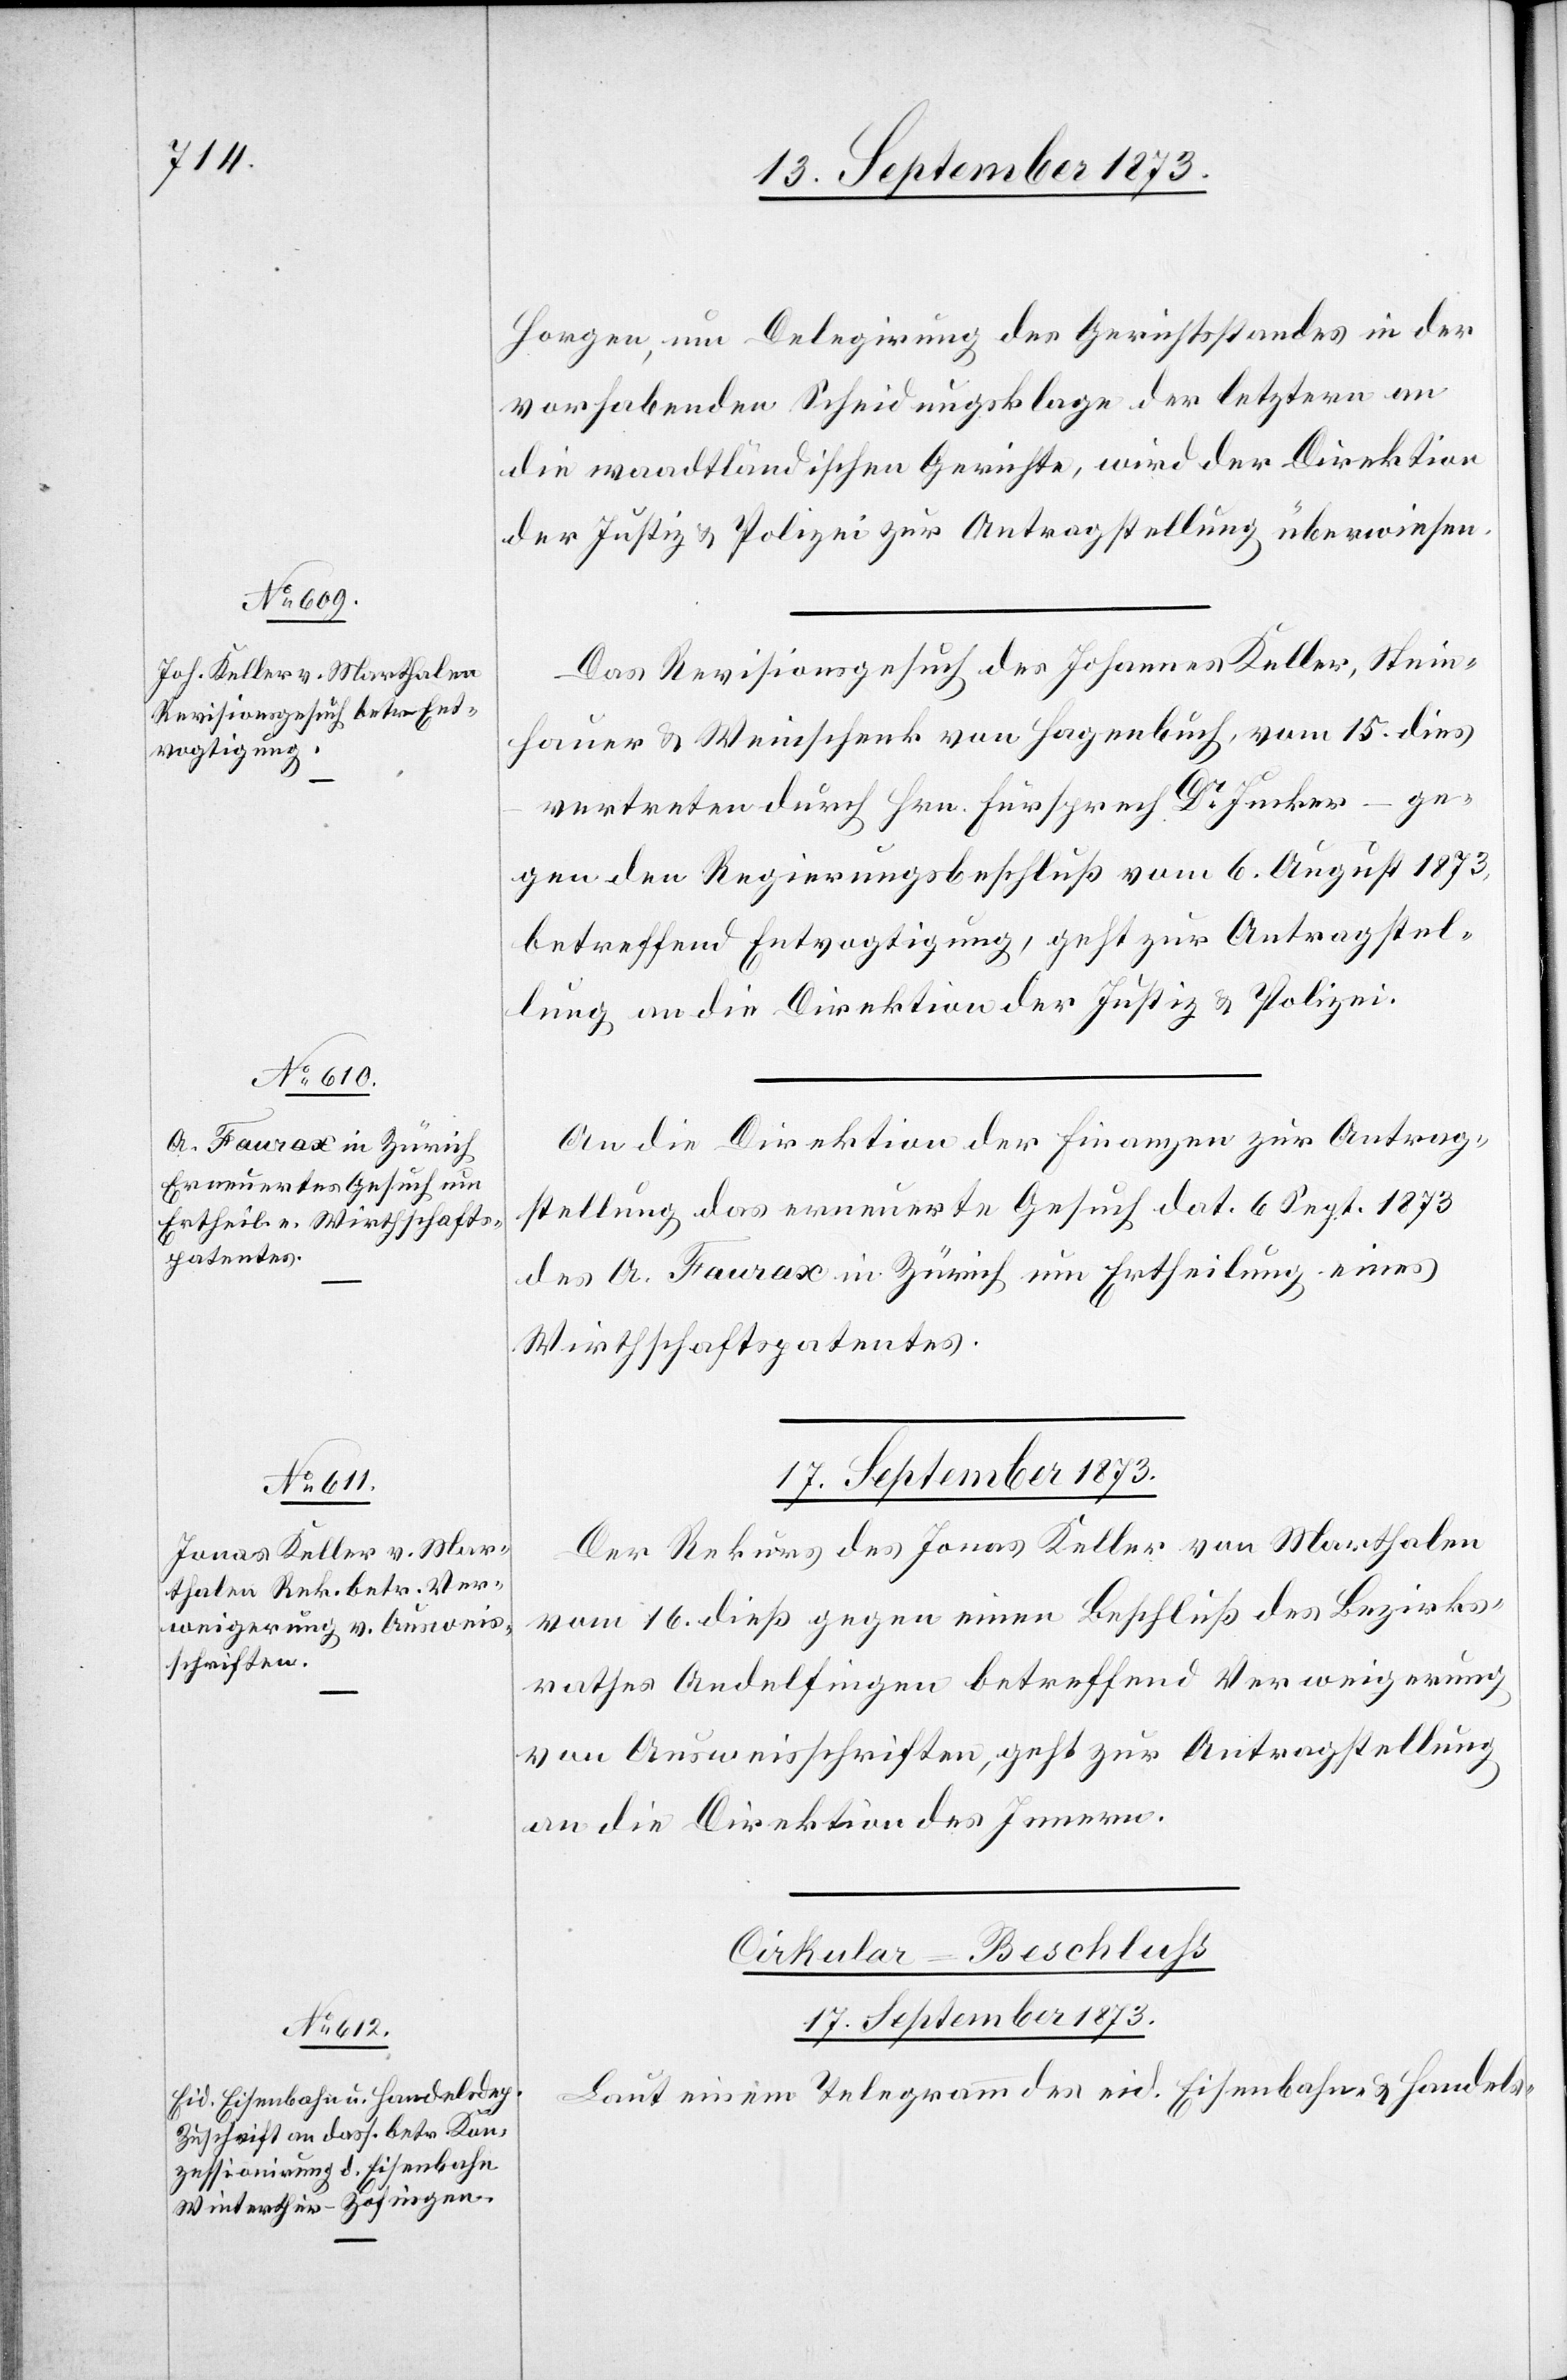
16. September 1873.]
Horgen, um Delegirung des Gerichtsstandes in der
vorhabenden Scheidungsklage der letztern an
die waadtländischen Gerichte, wird der Direktion
der Justiz & Polizei zur Antragstellung überwiesen.
Das Revisionsgesuch des Johannes Keller, Stein¬
hauer & Weinschenk von Hagenbuch, vom 15. dies
vertreten durch Hrn. Fürsprech Dr Jucker – ge¬
gen den Regierungsbeschluß vom 6. August 1873,
betreffend Entvogtigung, geht zur Antragstel¬
lung an die Direktion der Justiz & Polizei.
An die Direktion der Finanzen zur Antrag¬
stellung das erneuerte Gesuch dat. 6. Sept. 1873
des A. Faurax in Zürich um Ertheilung eines
Wirthschaftspatentes.
17. September 1873.
Der Rekurs des Jonas Keller von Marthalen
vom 16. dieß gegen einen Beschluß des Bezirks¬
rathes Andelfingen betreffend Verweigerung
von Ausweisschriften, geht zur Antragstellung
an die Direktion des Innern.
Laut einem Telegramm des eid. Eisenbahn- & Handels-